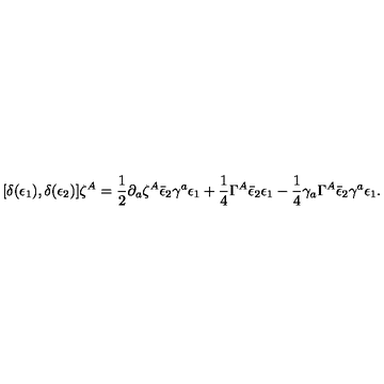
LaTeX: [ \delta ( \epsilon _ { 1 } ) , \delta ( \epsilon _ { 2 } ) ] \zeta ^ { A } = \frac 1 2 \partial _ { a } \zeta ^ { A } \bar { \epsilon } _ { 2 } \gamma ^ { a } \epsilon _ { 1 } + \frac 1 4 \Gamma ^ { A } \bar { \epsilon } _ { 2 } \epsilon _ { 1 } - \frac 1 4 \gamma _ { a } \Gamma ^ { A } \bar { \epsilon } _ { 2 } \gamma ^ { a } \epsilon _ { 1 } .